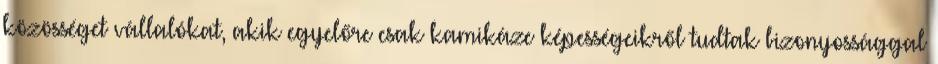
közösséget vállalókat, akik egyelőre csak kamikáze képességeikről tudtak bizonyossággal